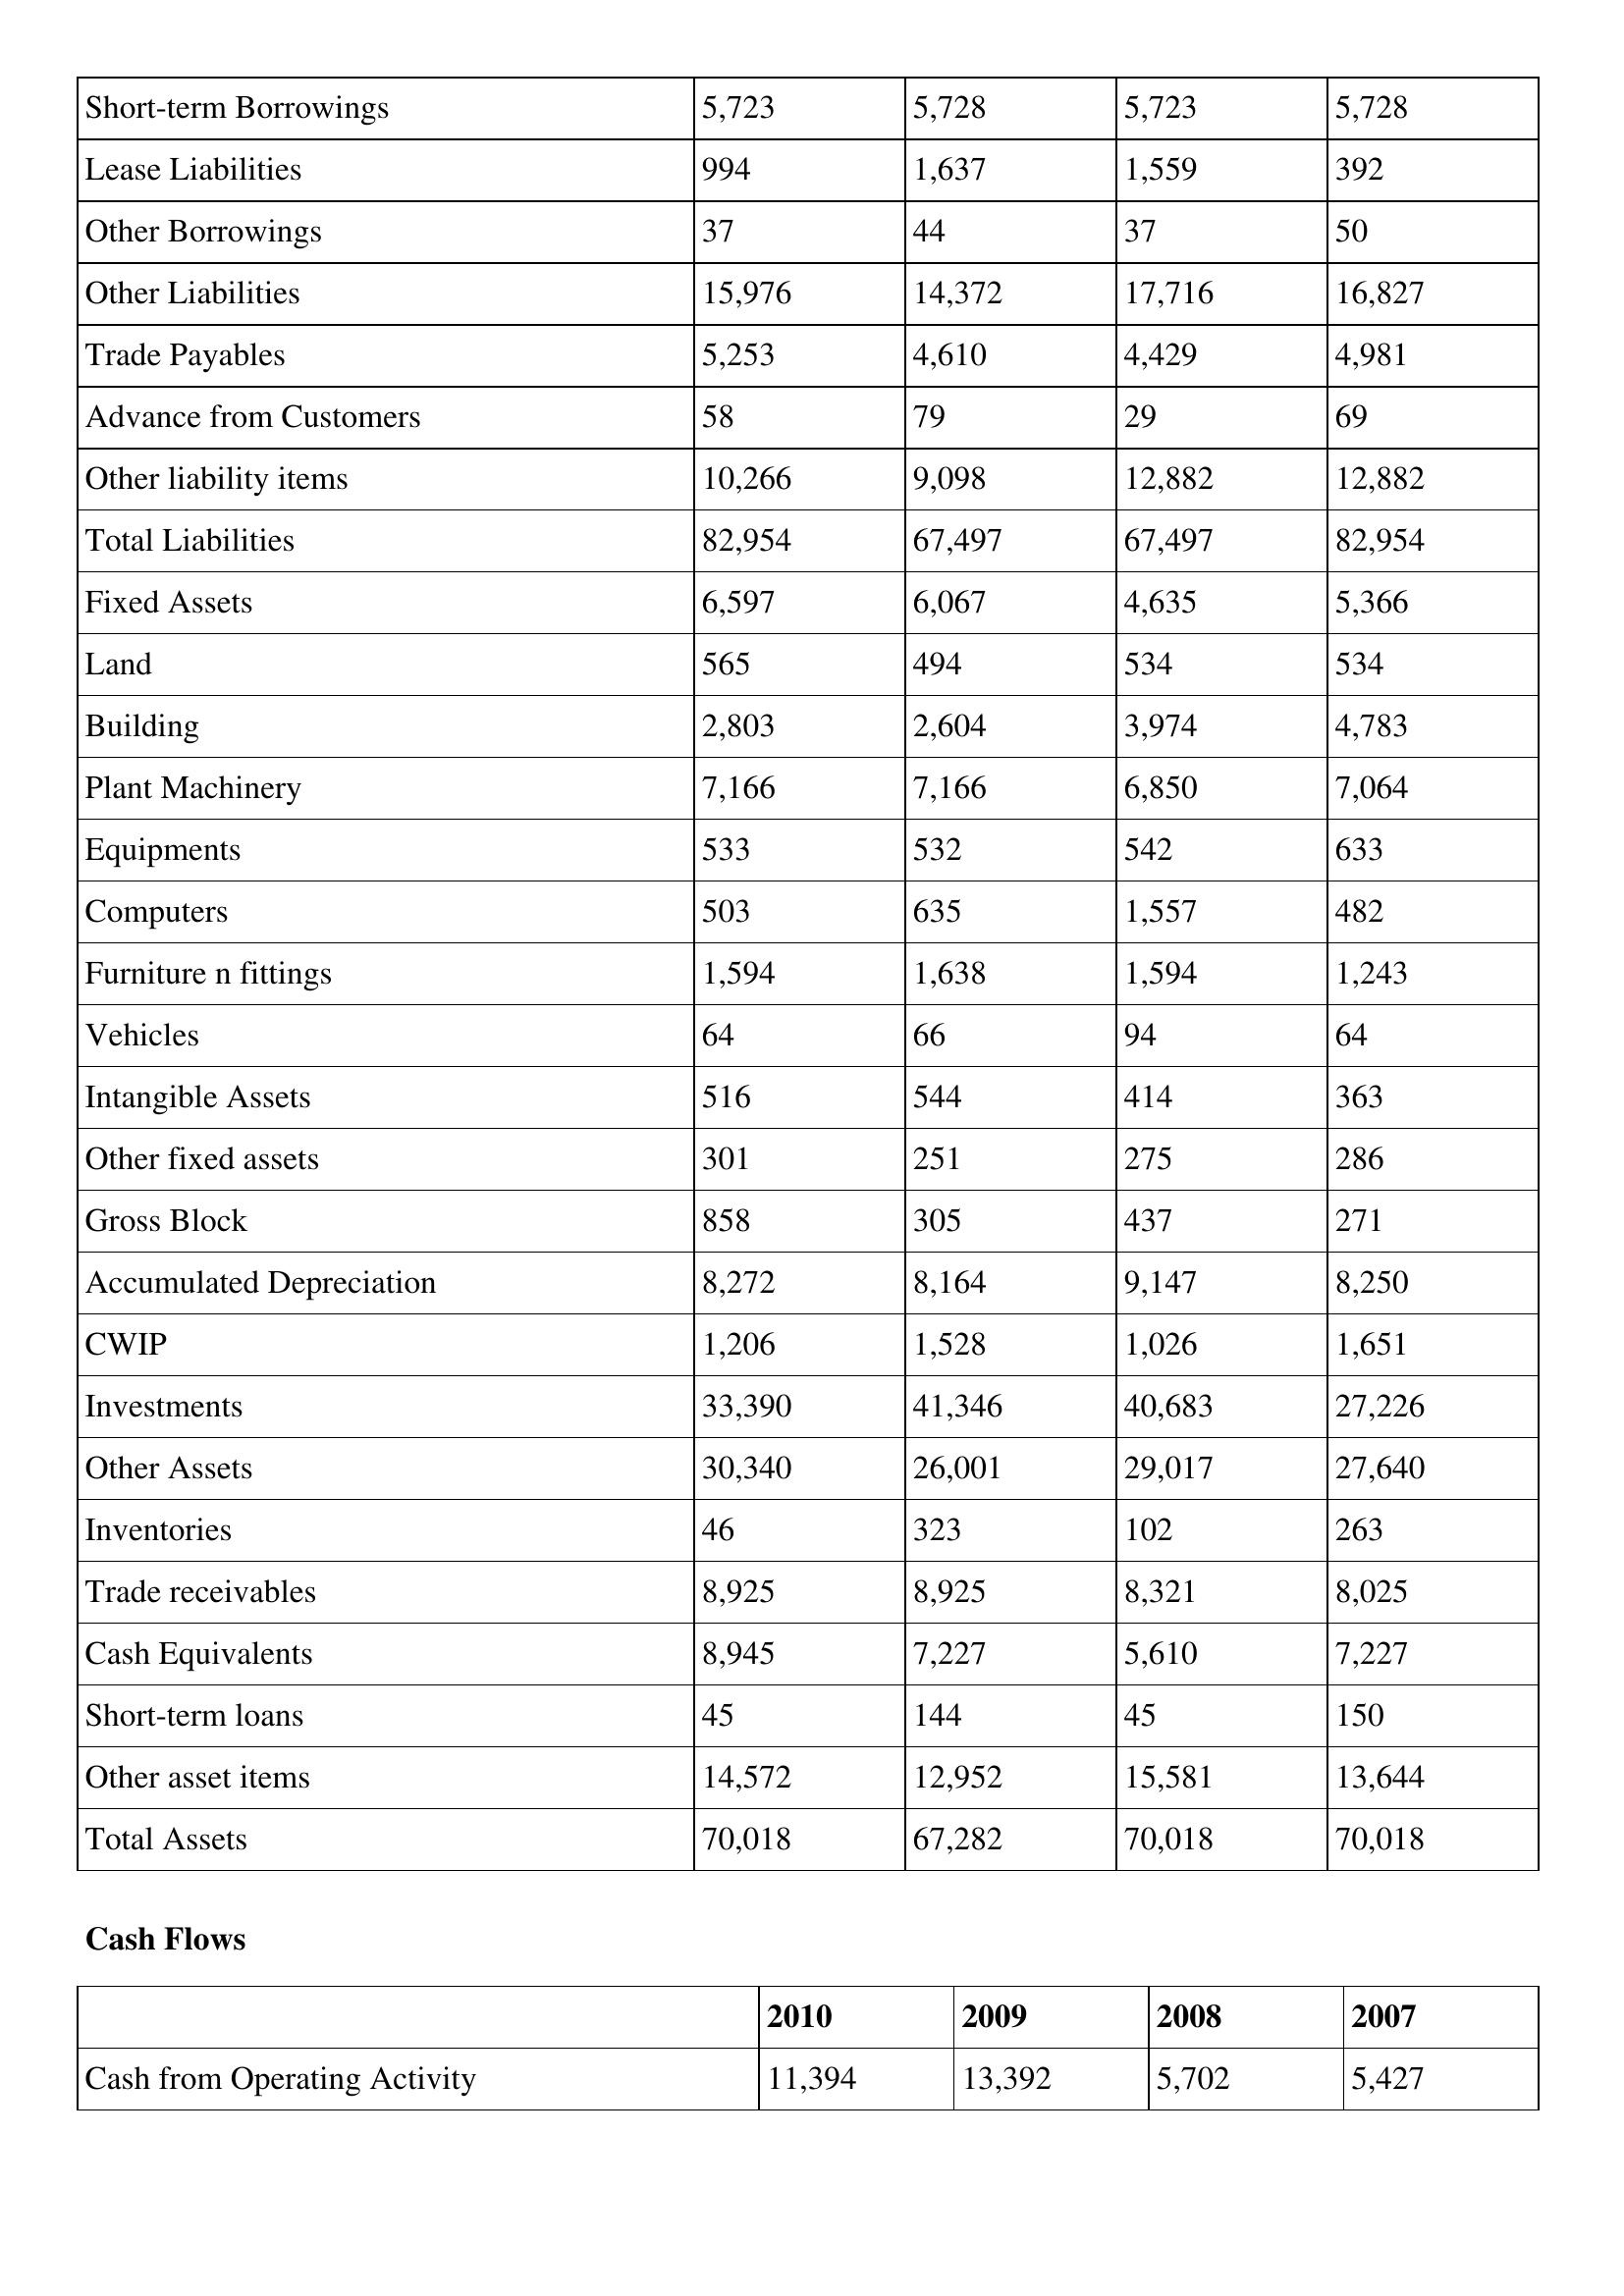
gt_parse: 2010: Balance Sheet: Short-term Borrowings: 5,723
Lease Liabilities: 994
Other Borrowings: 37
Other Liabilities: 15,976
Trade Payables: 5,253
Advance from Customers: 58
Other liability items: 10,266
Total Liabilities: 82,954
Fixed Assets: 6,597
Land: 565
Building: 2,803
Plant Machinery: 7,166
Equipments: 533
Computers: 503
Furniture n fittings: 1,594
Vehicles: 64
Intangible Assets: 516
Other fixed assets: 301
Gross Block: 858
Accumulated Depreciation: 8,272
CWIP: 1,206
Investments: 33,390
Other Assets: 30,340
Inventories: 46
Trade receivables: 8,925
Cash Equivalents: 8,945
Short-term loans: 45
Other asset items: 14,572
Total Assets: 70,018
Cash Flows: Cash from Operating Activity: 11,394
2009: Balance Sheet: Short-term Borrowings: 5,728
Lease Liabilities: 1,637
Other Borrowings: 44
Other Liabilities: 14,372
Trade Payables: 4,610
Advance from Customers: 79
Other liability items: 9,098
Total Liabilities: 67,497
Fixed Assets: 6,067
Land: 494
Building: 2,604
Plant Machinery: 7,166
Equipments: 532
Computers: 635
Furniture n fittings: 1,638
Vehicles: 66
Intangible Assets: 544
Other fixed assets: 251
Gross Block: 305
Accumulated Depreciation: 8,164
CWIP: 1,528
Investments: 41,346
Other Assets: 26,001
Inventories: 323
Trade receivables: 8,925
Cash Equivalents: 7,227
Short-term loans: 144
Other asset items: 12,952
Total Assets: 67,282
Cash Flows: Cash from Operating Activity: 13,392
2008: Balance Sheet: Short-term Borrowings: 5,723
Lease Liabilities: 1,559
Other Borrowings: 37
Other Liabilities: 17,716
Trade Payables: 4,429
Advance from Customers: 29
Other liability items: 12,882
Total Liabilities: 67,497
Fixed Assets: 4,635
Land: 534
Building: 3,974
Plant Machinery: 6,850
Equipments: 542
Computers: 1,557
Furniture n fittings: 1,594
Vehicles: 94
Intangible Assets: 414
Other fixed assets: 275
Gross Block: 437
Accumulated Depreciation: 9,147
CWIP: 1,026
Investments: 40,683
Other Assets: 29,017
Inventories: 102
Trade receivables: 8,321
Cash Equivalents: 5,610
Short-term loans: 45
Other asset items: 15,581
Total Assets: 70,018
Cash Flows: Cash from Operating Activity: 5,702
2007: Balance Sheet: Short-term Borrowings: 5,728
Lease Liabilities: 392
Other Borrowings: 50
Other Liabilities: 16,827
Trade Payables: 4,981
Advance from Customers: 69
Other liability items: 12,882
Total Liabilities: 82,954
Fixed Assets: 5,366
Land: 534
Building: 4,783
Plant Machinery: 7,064
Equipments: 633
Computers: 482
Furniture n fittings: 1,243
Vehicles: 64
Intangible Assets: 363
Other fixed assets: 286
Gross Block: 271
Accumulated Depreciation: 8,250
CWIP: 1,651
Investments: 27,226
Other Assets: 27,640
Inventories: 263
Trade receivables: 8,025
Cash Equivalents: 7,227
Short-term loans: 150
Other asset items: 13,644
Total Assets: 70,018
Cash Flows: Cash from Operating Activity: 5,427